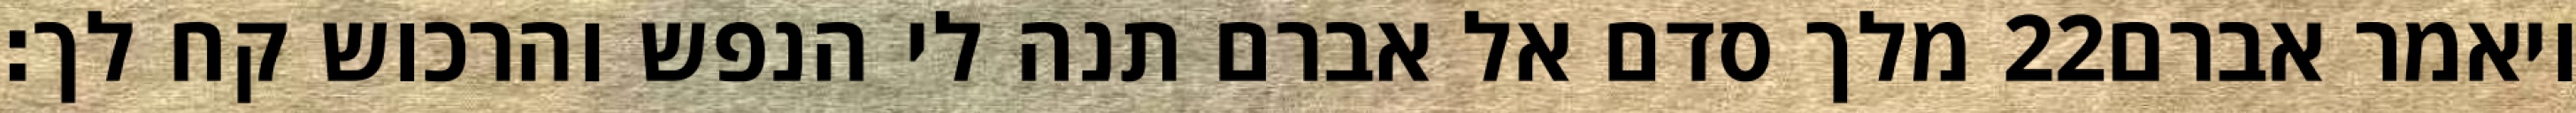
מלך סדם אל אברם תנה לי הנפש והרכוש קח לך׃ ‎22‏ ויאמר אברם